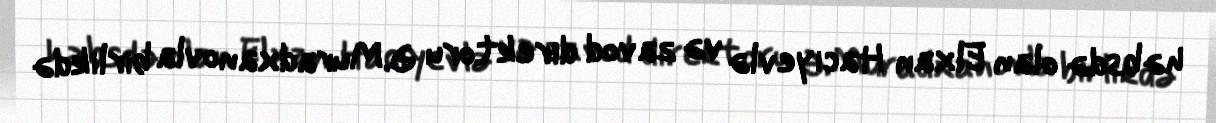
həbsdə olan Elxan Hacıyevlə və zavod direktoru Ə.Muradxanovla birlikdə